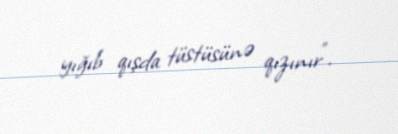
yığıb qışda tüstüsünə qızınır".